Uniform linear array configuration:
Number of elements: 32
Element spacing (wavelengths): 1
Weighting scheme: blackman
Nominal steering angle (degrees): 45
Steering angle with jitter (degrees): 44.201
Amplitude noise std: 0.05
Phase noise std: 0.05

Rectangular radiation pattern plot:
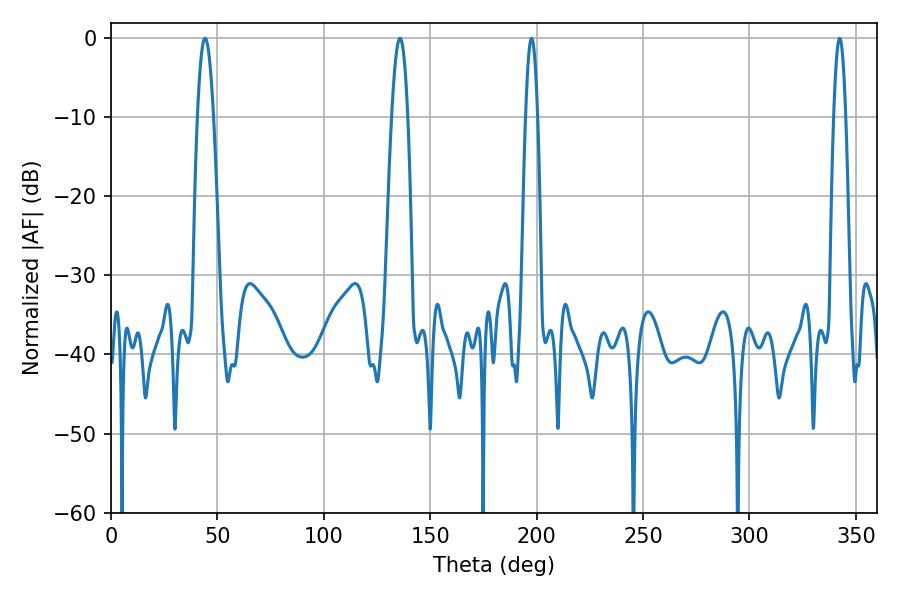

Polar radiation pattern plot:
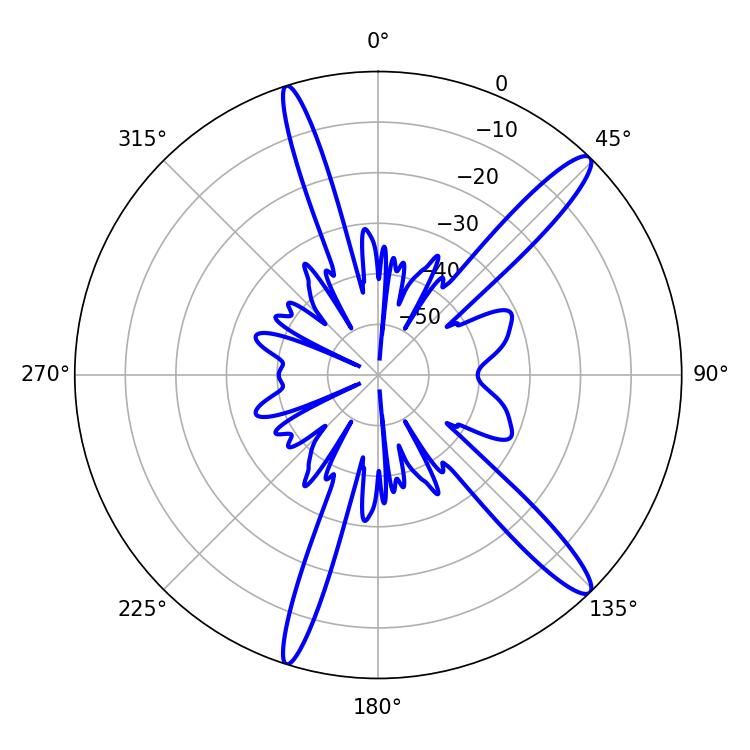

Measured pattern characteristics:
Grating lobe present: TRUE
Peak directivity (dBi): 14.3
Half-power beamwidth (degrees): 3.06
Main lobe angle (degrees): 197.64